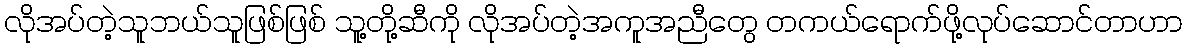
လိုအပ်တဲ့သူဘယ်သူဖြစ်ဖြစ် သူ့တို့ဆီကို လိုအပ်တဲ့အကူအညီတွေ တကယ်ရောက်ဖို့လုပ်ဆောင်တာဟာ